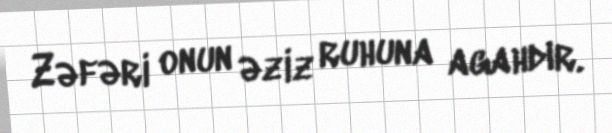
Zəfəri onun əziz ruhuna agahdır.